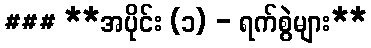
### **အပိုင်း (၁) - ရက်စွဲများ**